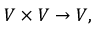
V \times V \to V ,